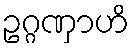
ဥဂ္ဂဏှာဟိ